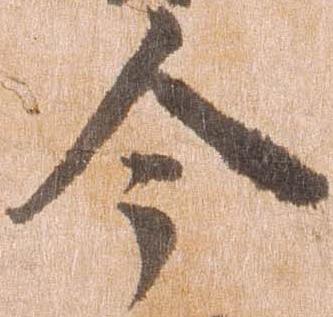
今